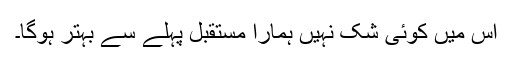
اس میں کوئی شک نہیں ہمارا مستقبل پہلے سے بہتر ہوگا۔